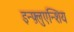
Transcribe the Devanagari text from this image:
इन्फ़्लुएन्शिय